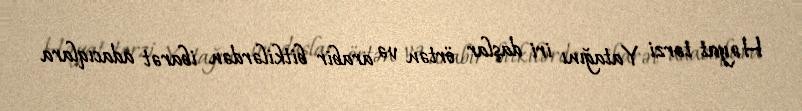
Həyat tərzi Yatağını iri daşlar örtən və arabir bitkilərdən ibarət adacıqlara